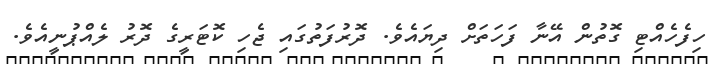
ހިފެހެއްޓި ގޮތުން އޭނާ ފަހަތަށް ދިޔައެވެ. ދޮރުފަތުގައި ޖެހި ކޮޓަރީގެ ދޮރު ލެއްޕުނީއެވެ.